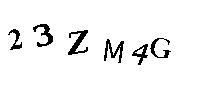
23ZM4G